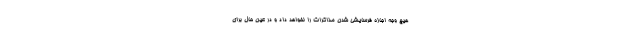
هیچ وجه اجازه فرسایشی شدن مذاکرات را نخواهد داد و در عین حال برای